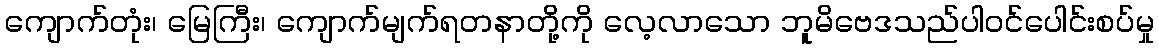
ကျောက်တုံး၊ မြေကြီး၊ ကျောက်မျက်ရတနာတို့ကို လေ့လာသော ဘူမိဗေဒသည်ပါဝင်ပေါင်းစပ်မှု